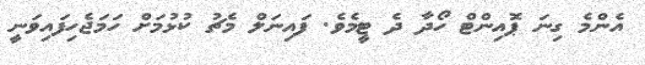
އެންމެ ގިނަ ޕޮއިންޓް ހޯދާ ދެ ޓީމެވެ. ފައިނަލް މެޗު ކުުޅުމަށް ހަމަޖެހިފައިވަނީ